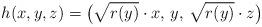
LaTeX: \begin{align*}h(x,y,z)=\big(\sqrt{r(y)}\cdot x,\, y,\, \sqrt{r(y)}\cdot z\big)\end{align*}